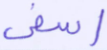
أسفى